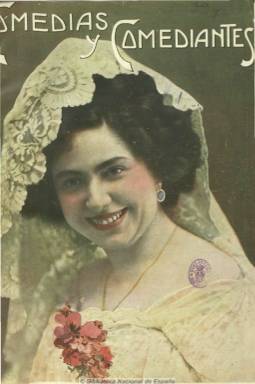
Título: Comedias y comediantes
Colección: Teatro
Ámbito geográfico: Madrid
Lugar de publicación: Madrid
Fechas: 01/11/1909-01/05/1912

Reputada como la más prometedora revista teatral española de principios del siglo veinte, que marcará un antes y un después por su rigor informativo y crítico y por la abultada documentación gráfica de calidad que contiene. Se publicaron de ella hasta 43 entregas, desde el uno de noviembre de 1909 hasta mayo de 1912, al principio con periodicidad quincenal (1 y 15 de cada mes), y mensual desde octubre de 1910 (número 24), cuando aumenta también su tamaño y mejora aún más la calidad de su papel cuché y el de las fotografías bellamente coloreadas en sus páginas interiores, aumentado al mismo tiempo su paginación, que fue variada (de 18 a 34 páginas), hasta alcanzar las 44 páginas.

Estampada en Madrid, en la Imprenta Artística Española, reseñó las principales representaciones de los estrenos de los autores de la época (Benavente, Quintero, Arniches, o Valle Inclán) como de clásicos en sus principales teatros: de la Comedia, de la Princesa, Español, Eslava, Barbieri, Lara o Martín, pero también de otras capitales españolas o extranjeras, especialmente de Barcelona o Lisboa, así como las dedicadas al género de variedades, cuando en la capital de España había una decena de locales destinados a estos espectáculos. En sus últimas páginas ofreció, además, partituras musicales, principalmente de cuplés.

Su fundador y director (que aparece como gerente) fue el libretista Antonio Asenjo Pérez (1879-1940), que poco después será el segundo director que ha tenido la Hemeroteca Municipal de Madrid. Al final (a partir del número 36), aparecerá como director artístico Ángel Durá Abad (1877-1945). Probablemente, Ángel Torres del Álamo (1880-1958) ejerció como redactor jefe de la publicación. Y junto a estos, el dibujante socialista José Robledano Torres (1884-1974), que había sido discípulo del pintor Antonio Muñoz Degrain (1840-1924) y después considerado como uno de los impulsores del cómic español, será el autor de las espléndidas caricaturas del entonces elenco artístico español (actores, actrices, dramaturgos) y de sus páginas de ‘aleluyas’ y tiras gráficas; así como, entre otros fotógrafos, Alfonso (Alfonso Sánchez García: 1880-1953) y Diego Calvache, autores de sus delicadas policromías, consideradas como auténticas piezas de arte gráfico.

Con una cubierta que ocupa un retrato coloreado de actrices o actores, al principio españolas y después, también, extranjeras (francesas o norteamericanas), y unas primeras páginas de publicidad (con anuncios incluso de los estudios de los citados Alfonso y Calvache), se inicia cada entrega con una sección bajo el epígrafe Crónica, especie de reflexión sobre el mundo de la escena, que comienza a firmar Ricardo José Catarineu López (1868-1915), con el seudónimo Caramanchel, y en la que ofrecerán también su percepción crítica y de actualidad Francisco Fernández Villegas (1856-1916), con el seudónimo Zeda, Manuel Bueno o el propio Asenjo, entre otros. Sus páginas abren secciones bajo otros epígrafes: Artistas jóvenes, Figuras del teatro, Actores y actrices de ayer y de hoy, con semblanzas que firma Francisco Flores García (1845-1917), Teatro en provincias, Crónica de varietés o Chismografía teatral, que firma el citado Torres del Álamo. También, llega a publicar alguna novela corta por entregas.

Además de las recensiones y críticas teatrales, su parte redaccional se ocupa también de ofrecer otras crónicas, reportajes, con entrevistas, descripciones e informaciones, en las que dará cuenta del incendio del Teatro de la Zarzuela (número 2) y de su proyecto de recuperación (número 33), sobre la inauguración de la Casa de los Actores y las asociaciones de éstos, la inauguración del Teatro Balear (Palma de Mallorca), el homenaje en Valencia al músico Salvador Giner, o un artículo bajo el epígrafe El arte en los cines, firmado por Alejandro Miquis, seudónimo de Anselmo González Fernández (1890-), así como otros textos sobre estudios de expresión o en los que se debate sobre la crisis del género chico o el auge de la opereta y las varietés, el proyecto de renovación escénica denominado Teatro del Arte, que presenta el prestigioso crítico Joaquín Alsina Gili, o concursos para el fomento de la creación teatral. Otros de sus colaboradores son Diego San José (1885-1962), Julio de Hoyos, Emilio Carrere, Sinesio Delgado, Asensio Mas, José de Laserna, Vicente García Valero,  Ramón Portusach, Gregorio Martínez Sierra o González Pastor.

Junto a la obra gráfica del citado Robledano y alguna de Bagaría, destaca en esta revista la abundantísima información fotográfica, que ocupa más espacio que la textual, con amplios reportajes de los estrenos, de sus actores, actrices, autores, escenas, decorados, accesorios, vestuario y, en definitiva, de su escenografía, además de los correspondientes retratos de las primeras actrices y una galería de dramaturgos, que ocupan páginas enteras, además de la doble central, de una gran calidad. Otros autores de estas instantáneas o fotos de estudio son José Campúa, Marín, Kaulak, Irañeta, Vaudel, Marines, Tinoco, Garigosa, Dubois, Lacoste y Reutlinger, el especialista en retratar actrices extranjeras.

Los ejemplares de esta revista –defensora de un teatro mayoritario pero de gran calidad- constituyen una auténtica enciclopedia del mundo del espectáculo de la época. Juan Miguel Godoy Marquet, de la Universidad de California, escribió sobre ella un ensayo en 1993, en el que ofrece un índice de obras teatrales y autores reseñadas en sus páginas. También la referencian Juan Miguel Sánchez Vigil (2008), Carme Alerm Viloca y Antonio Castro Jiménez.